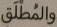
والمطلق